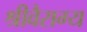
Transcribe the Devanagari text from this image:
श्रीवैराग्य